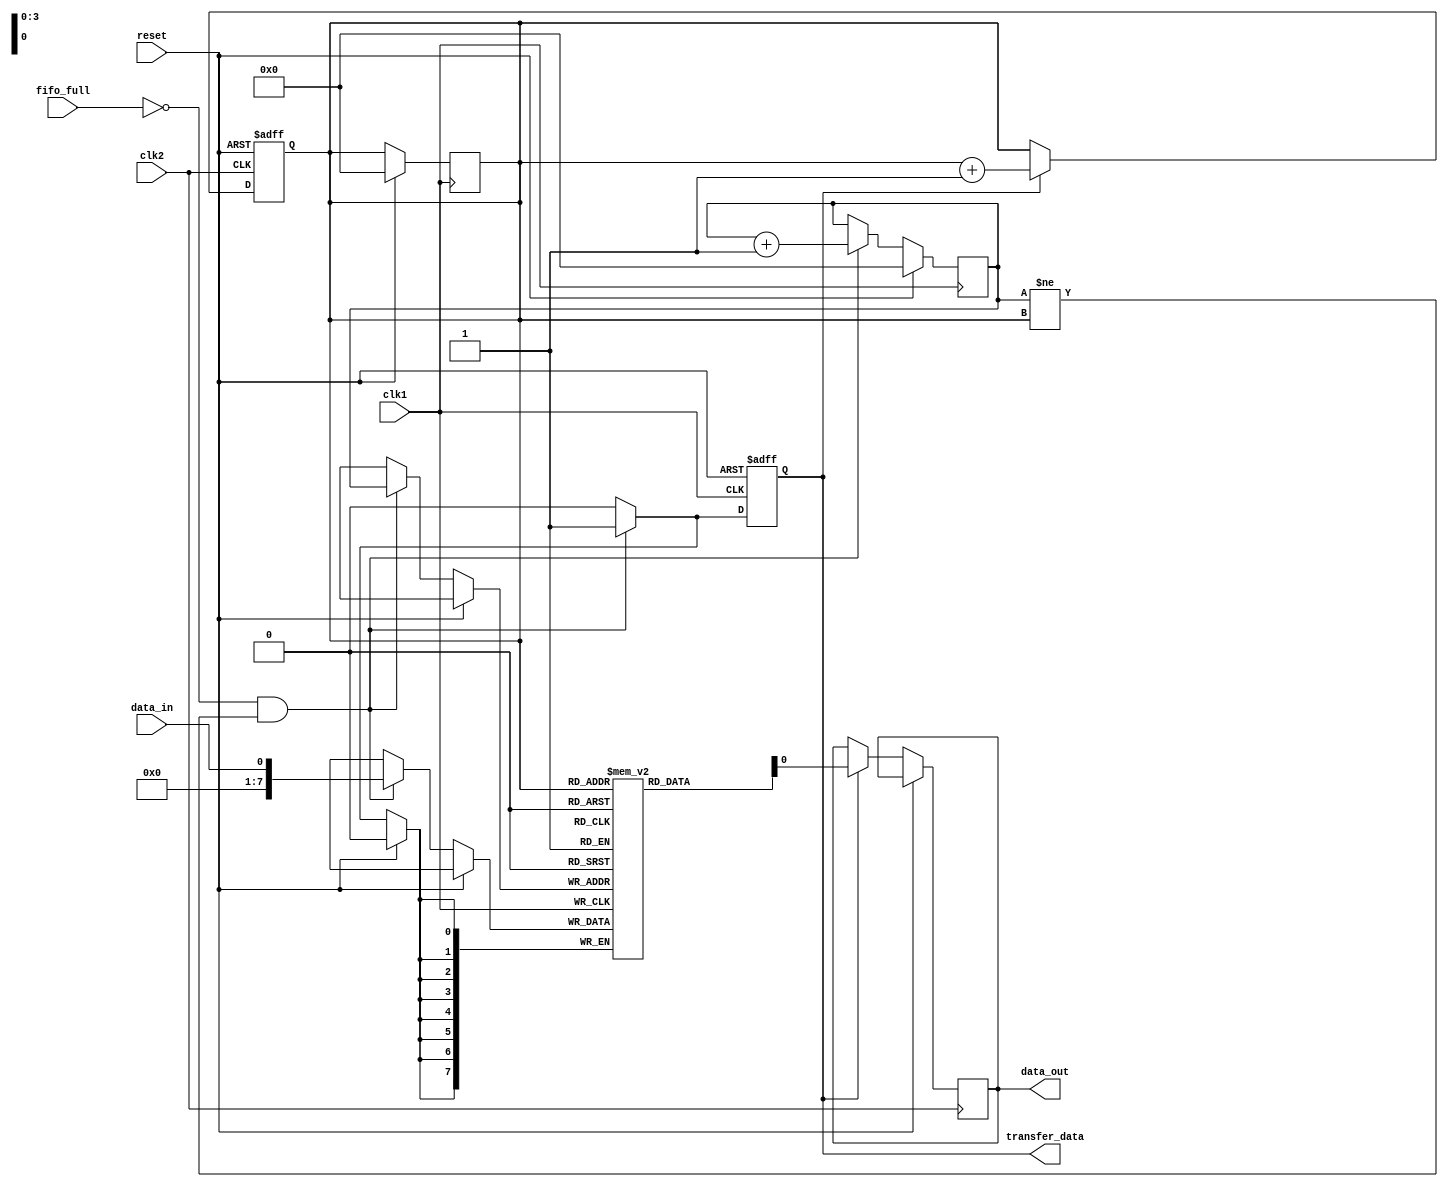
module timing_control_and_sync(
    input wire clk1, // Clock signal for first clock domain
    input wire clk2, // Clock signal for second clock domain
    input wire reset,
    input wire data_in,
    output wire data_out,
    input wire fifo_full, // Signal indicating FIFO buffer is full
    output wire transfer_data // Output signal to trigger data transfer between clock domains
);

reg [7:0] fifo_buffer [0:15]; // FIFO buffer to store data
reg [3:0] write_ptr; // Write pointer for FIFO buffer
reg [3:0] read_ptr; // Read pointer for FIFO buffer
reg transfer_data_reg; // Register to synchronize transfer_data signal

always @(posedge clk1) begin
    if (reset) begin
        write_ptr <= 4'b0000;
        read_ptr <= 4'b0000;
    end else begin
        if (fifo_full == 1'b0 && write_ptr != read_ptr) begin
            fifo_buffer[write_ptr] <= data_in;
            write_ptr <= write_ptr + 1;
        end
    end
end

always @(posedge clk2 or posedge reset) begin
    if (reset) begin
        read_ptr <= 4'b0000;
    end else begin
        if (transfer_data_reg == 1'b1) begin
            data_out <= fifo_buffer[read_ptr];
            read_ptr <= read_ptr + 1;
        end
    end
end

always @(posedge clk1 or posedge reset) begin
    if (reset) begin
        transfer_data_reg <= 1'b0;
    end else begin
        if (fifo_full == 1'b0 && write_ptr != read_ptr) begin
            transfer_data_reg <= 1'b1;
        end else begin
            transfer_data_reg <= 1'b0;
        end
    end
end

assign transfer_data = transfer_data_reg;

endmodule